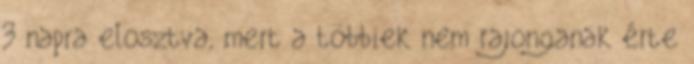
3 napra elosztva, mert a többiek nem rajonganak érte